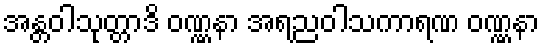
အန္တဝါသုတ္တာဒိ ဝဏ္ဏနာ အရညဝါသကာရဏ ဝဏ္ဏနာ